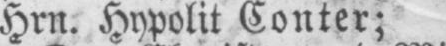
Hrn. Hypolit Conter;